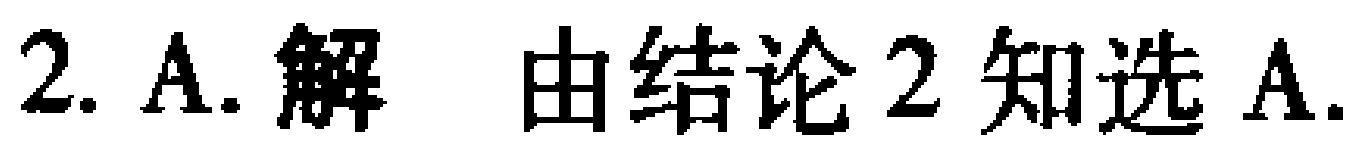
2. A. 解 由结论 2 知选 A.